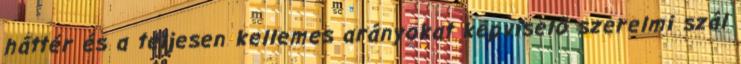
háttér és a teljesen kellemes arányokat képviselő szerelmi szál